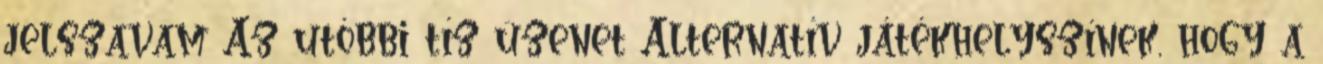
jelszavam Az utóbbi tíz üzenet Alternatív játékhelyszínek, hogy a